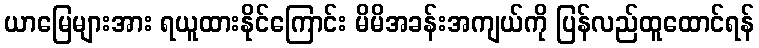
ယာမြေများအား ရယူထားနိုင်ကြောင်း မိမိအခန်းအကျယ်ကို ပြန်လည်ထူထောင်ရန်